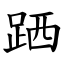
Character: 跴